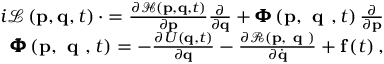
\begin{array} { r } { i \mathcal { L } \left( \mathbf { p } , \mathbf { q } , t \right) \cdot = \frac { \partial \mathcal { H } \left( \mathbf { p } , \mathbf { q } , t \right) } { \partial \mathbf { p } } \frac { \partial } { \partial \mathbf { q } } + \pmb { \Phi } \left( \mathbf { p } , \textbf { q } , t \right) \frac { \partial } { \partial \mathbf { p } } } \\ { \pmb { \Phi } \left( \mathbf { p } , \textbf { q } , t \right) = - \frac { \partial U \left( \mathbf { q } , t \right) } { \partial \mathbf { q } } - \frac { \partial \mathcal { R } \left( \mathbf { p } , \textbf { q } \right) } { \partial \dot { \mathbf { q } } } + \mathbf { f } \left( t \right) , } \end{array}